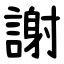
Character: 謝